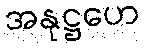
အနုဋ္ဌဟေ